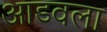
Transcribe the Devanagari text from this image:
आडवला